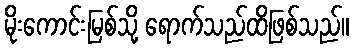
မိုးကောင်းမြစ်သို့ ရောက်သည်ထိဖြစ်သည်။